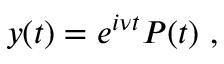
y ( t ) = e ^ { i \nu t } P ( t ) \ ,